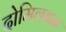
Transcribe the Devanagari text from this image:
दोमिलबन